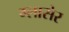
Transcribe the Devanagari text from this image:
ग्लासेर